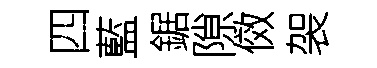
四藍鋸隙傚袈